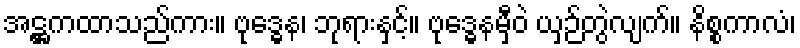
အဋ္ဌကထာသည်ကား။ ဗုဒ္ဓေန၊ ဘုရားနှင့်။ ဗုဒ္ဓေနမှီဝဲ ယှဉ်တွဲလျက်။ နိစ္စကာလံ၊